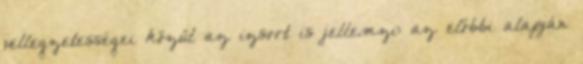
jellegzetességei közül az izsort is jellemzi: az előbbi alapján